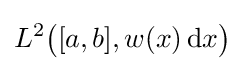
L^{2}{\big (}[a,b],w(x)\,\mathrm {d} x{\big )}